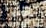
الرجل